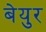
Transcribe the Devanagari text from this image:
बेयुर